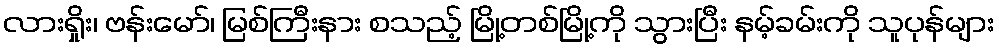
လားရှိုး၊ ဗန်းမော်၊ မြစ်ကြီးနား စသည့် မြို့တစ်မြို့ကို သွားပြီး နမ့်ခမ်းကို သူပုန်များ